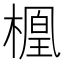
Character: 𬄑